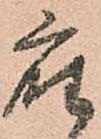
座